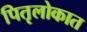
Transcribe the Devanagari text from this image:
पितृलोकात